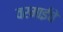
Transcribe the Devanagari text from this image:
वरमाईचे